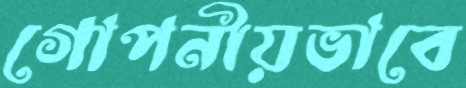
গোপনীয়ভাবে